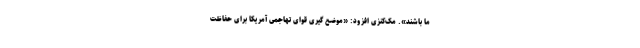
ما باشند». مک‌کنزی افزود: «موضع گیری قوای تهاجمی آمریکا برای حفاظت